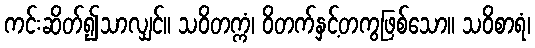
ကင်းဆိတ်၍သာလျှင်။ သဝိတက္ကံ၊ ဝိတက်နှင့်တကွဖြစ်သော။ သဝိစာရံ၊